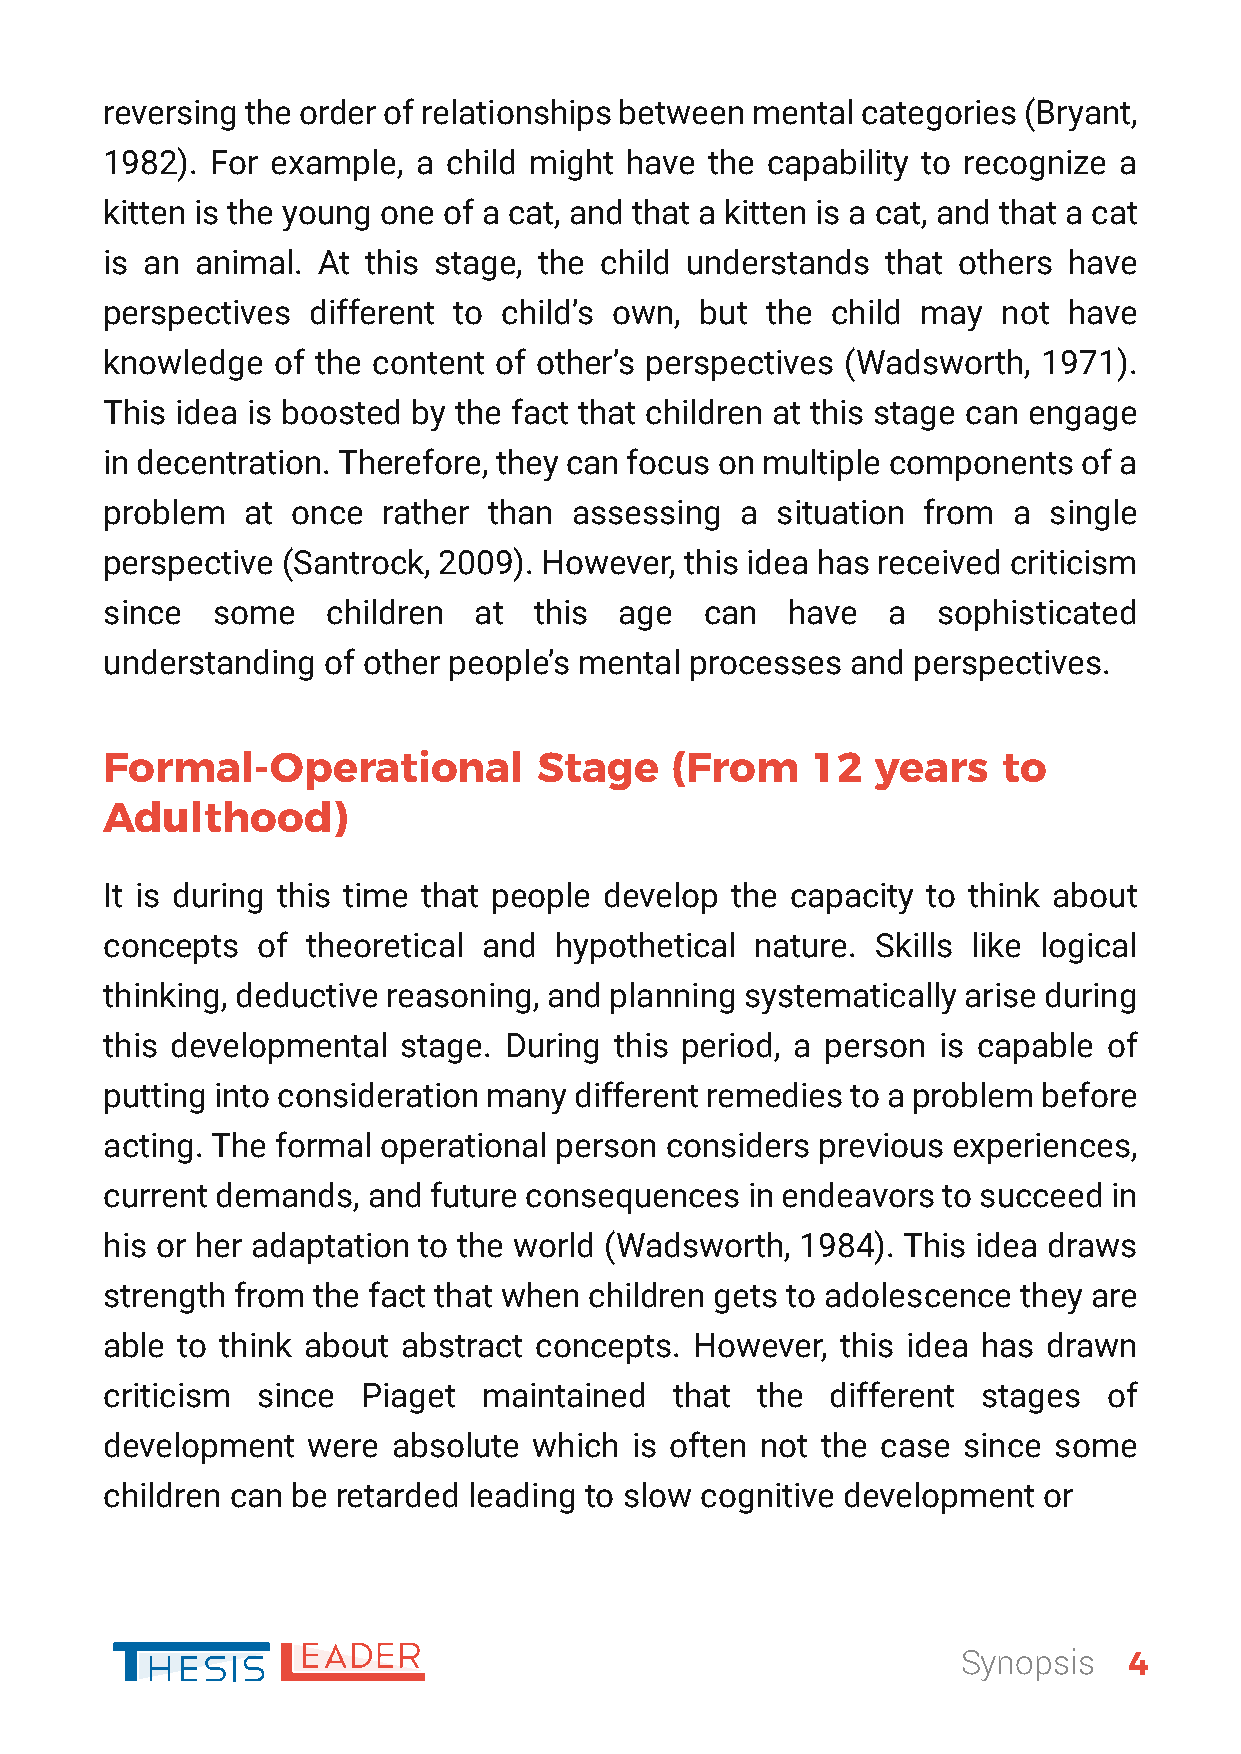
reversing the order of relationships between mental categories (Bryant,
 1982). For example,  a child might have the capability to recognize a
 kitten is the young one of a cat, and that a kitten is a cat, and that a cat
 is an animal. At this stage, the child understands  that others have
 perspectives  different to child’s own, but the child may  not  have
 knowledge  of the content of other’s perspectives (Wadsworth, 1971).
 This idea is boosted by the fact that children at this stage can engage
 in decentration. Therefore, they can focus on multiple components of a
 problem  at once  rather than  assessing  a situation from  a single
 perspective (Santrock, 2009). However, this idea has received criticism
 since  some    children at  this  age   can  have   a  sophisticated
 understanding  of other people’s mental processes and perspectives.
 Formal-Operational           Stage   (From     12  years   to
 Adulthood)
 It is during this time that people develop the capacity to think about
 concepts  of theoretical and  hypothetical nature. Skills like logical
 thinking, deductive reasoning, and planning systematically arise during
 this developmental  stage. During this period, a person is capable of
 putting into consideration many different remedies to a problem before
 acting. The formal operational person considers previous experiences,
 current demands, and future consequences  in endeavors to succeed  in
 his or her adaptation to the world (Wadsworth, 1984). This idea draws
 strength from the fact that when children gets to adolescence they are
 able to think about abstract concepts. However,  this idea has drawn
 criticism since  Piaget  maintained   that the  different stages  of
 development  were  absolute which  is often not the case since some
 children can be retarded leading to slow cognitive development or
 Synopsis   4